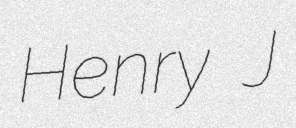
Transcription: Henry J